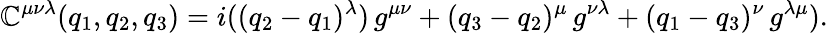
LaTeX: \mathbb{C}^{\mu\nu\lambda}(q_{1},q_{2},q_{3})=i((q_{2}-q_{1})^{\lambda})\, g^{\mu\nu}+(q_{3}-q_{2})^{\mu}\, g^{\nu\lambda}+(q_{1}-q_{3})^{\nu}\, g^{\lambda\mu}).